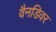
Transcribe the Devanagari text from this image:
वैनडिवर